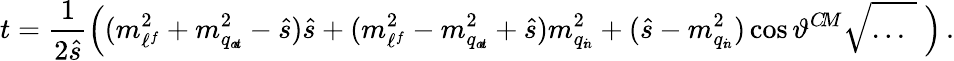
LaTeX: t=\frac{1}{2\hat{s}}\Big((m_{\ell^{f}}^{2}+m_{q_{o\! u\! t}}^{2}-\hat{s})\hat{s}+(m_{\ell^{f}}^{2}-m_{q_{o\! u\! t}}^{2}+\hat{s})m_{q_{i\! n}}^{2}+(\hat{s}-m_{q_{i\! n}}^{2})\cos\vartheta^{C\! M}\sqrt{...\phantom{|}}~\Big)\, .